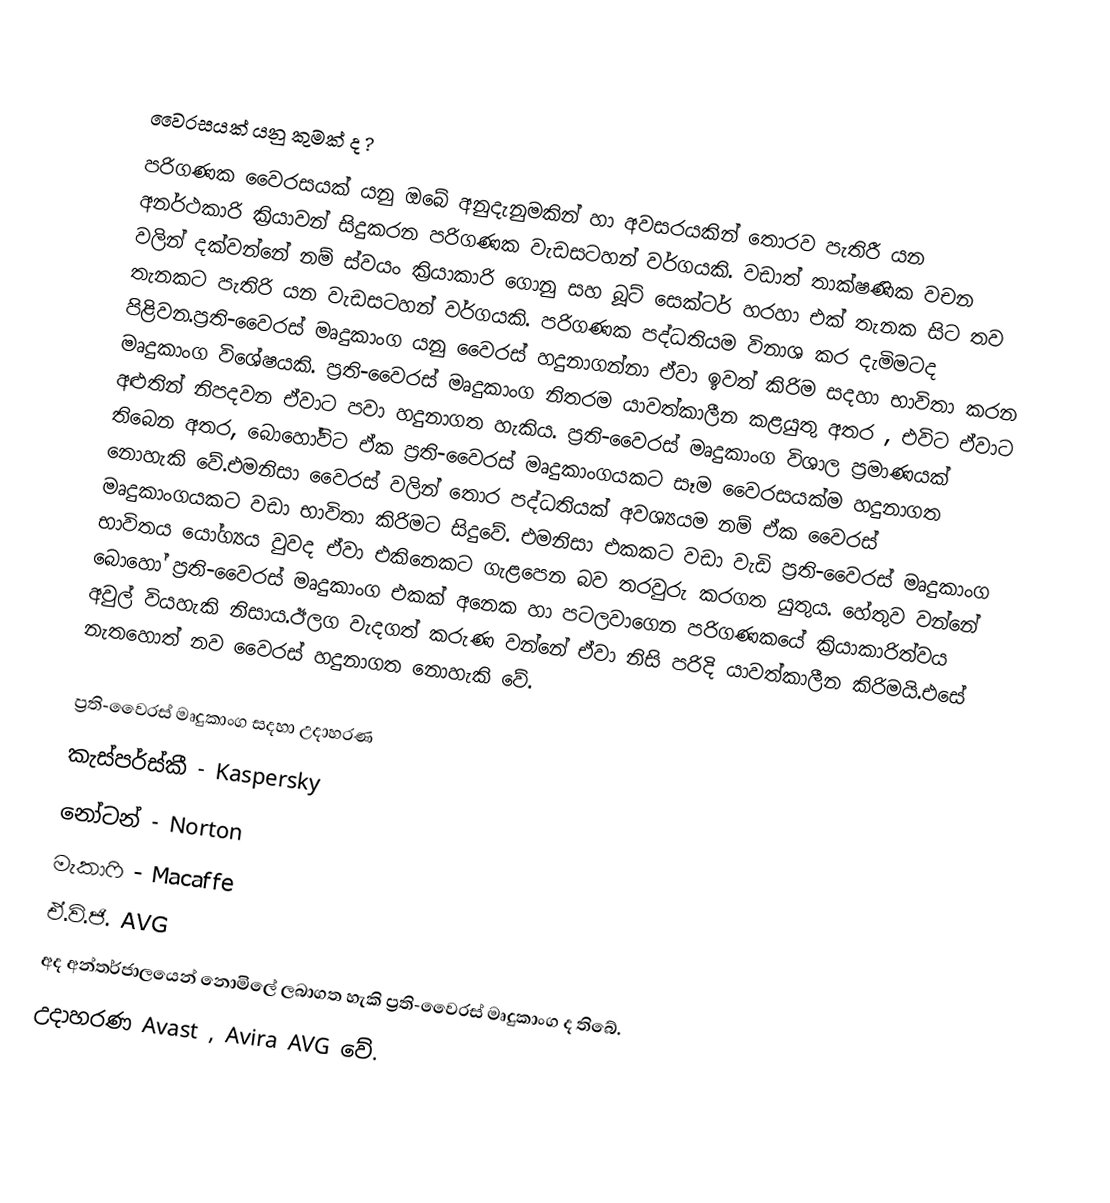

වෛරසයක් යනු කුමක් ද ?
පරිගණක වෛරසයක් යනු ඔබේ අනුදැනුමකින් හා අවසරයකින් තොරව පැතිරී යන අනර්ථකාරි ක්‍රියාවන් සිදුකරන පරිගණක වැඩසටහන් වර්ගයකි. වඩාත් තාක්ෂණික වචන වලින් දක්වන්නේ නම්  ස්වයං ක්‍රියාකාරි ගොනු සහ බූට් සෙක්ටර් හරහා එක් තැනක සිට තව තැනකට පැතිරි යන වැඩසටහන් වර්ගයකි. පරිගණක පද්ධතියම විනාශ කර  දැමිමටද පිළිවන.ප්‍රති-වෛරස් මෘදුකාංග යනු වෛරස් හදුනාගන්නා ඒවා ඉවත් කිරිම සදහා භාවිතා කරන මෘදුකාංග විශේෂයකි. ප්‍රති-වෛරස් මෘදුකාංග නිතරම යාවත්කාලීන කළයුතු අතර , එවිට ඒවාට අළුතින් නිපදවන ඒවාට පවා හදුනාගත හැකිය. ප්‍රති-වෛරස් මෘදුකාංග විශාල ප්‍රමාණයක් තිබෙන අතර, බොහෝවිට ඒක ප්‍රති-වෛරස් මෘදුකාංගයකට සෑම වෛරසයක්ම හදුනාගත නොහැකි වේ.එමනිසා වෛරස් වලින් තොර පද්ධතියක් අවශ්‍යයම නම් ඒක වෛරස් මෘදුකාංගයකට වඩා භාවිතා කිරිමට සිදුවේ. එමනිසා එකකට වඩා වැඩි ප්‍රති-වෛරස් මෘදුකාංග භාවිතය යෝග්‍යය වුවද ඒවා එකිනෙකට ගැළපෙන බව තරවුරු කරගත යුතුය. හේතුව වන්නේ බොහෝ ප්‍රති-වෛරස් මෘදුකාංග එකක් අනෙක හා පටලවාගෙන පරිගණකයේ ක්‍රියාකාරිත්වය අවුල් වියහැකි නිසාය.ඊලග වැදගත් කරුණ වන්නේ ඒවා නිසි පරිදි යාවත්කාලීන කිරිමයි.එසේ නැතහොත් නව වෛරස් හදුනාගත නොහැකි වේ.

ප්‍රති-වෛරස් මෘදුකාංග සදහා  උදාහරණ
කැස්පර්ස්කී 		-	Kaspersky
නෝටන්		-   	Norton
මැකාෆි		-     Macaffe
ඒ.වි.ජි.     AVG
අද අන්තර්ජාලයෙන් නොමිලේ ලබාගත හැකි ප්‍රති-වෛරස් මෘදුකාංග ද තිබේ.
උදාහරණ Avast , Avira AVG වේ.